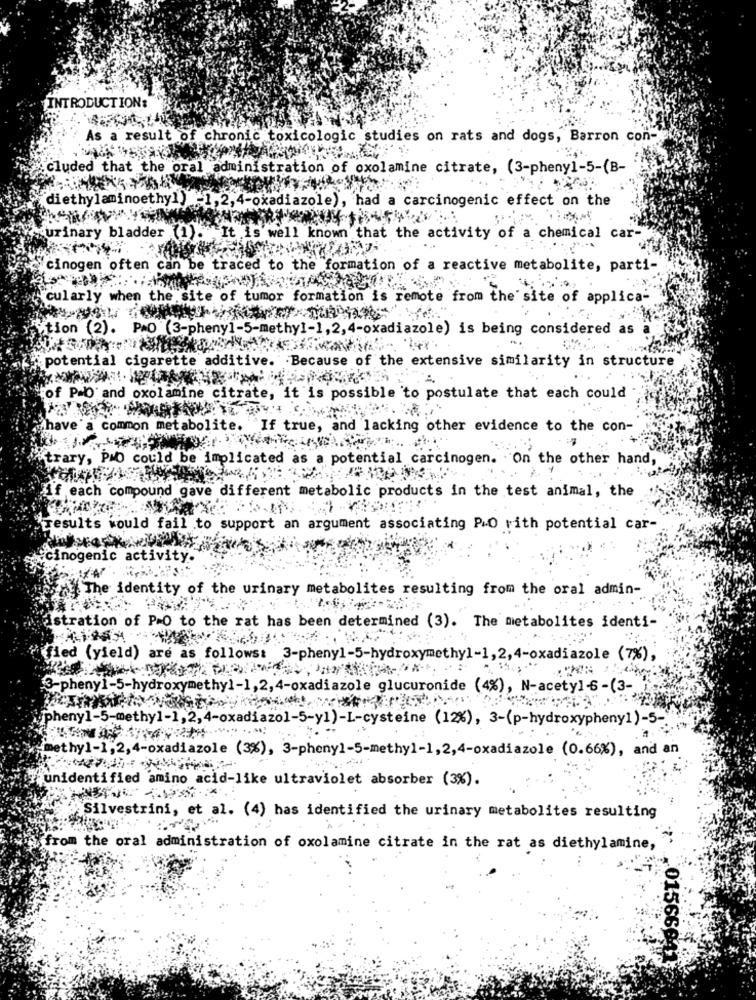
INTRODUCTION:
As a result of chronic toxicologic studies on rats and dogs, Barron con-
cluded that the oral administration of oxolamine citrate, (3-phenyl-5-(B-
diethylaminoethyl) =1,2, 4-okadiazole), had a carcinogenic effect on the
urinary bladder (1). It is well known that the activity of a chemical car-
cinogen often can be traced to the formation of a reactive metabolite, parti-
cularly when the site of tumor formation is remote from the site of applica-
ion (2). P.O (3-phenyl-5-methyl-1, 2,4-oxadiazole) is being considered as
potenti
cigarette additive. Because of the extensive similarity in structure
of P&O and oxolamine citrate, it is possible to postulate that each could
have a common metabolite. "If true, and lacking other evidence to the con-
trary, PMO could be implicated as a potential carcinogen. On the other hand,
if each compound gave different metabolic products in the test animal, the
results would fail to support an argument associating P.O rith potential car-
"cinogen
ic a
The
iden
of the urinary metabolites resulting from the oral admin-
istration of P=O to the rat has been determined (3). The metabolites identi-
fied (yield)
are as follows: 3-phenyl-5-hydroxymethyl-1,2,4-oxadiazole (7%),
3-phenyl-5-hydroxymethyl-1,2, 4-oxadiazole glucuronide (4%), N-acetyl6-(3-
pheny1-5-methyl-1,2, 4-oxadiazo1-5-y1)-L-cysteine (12%), 3-(p-hydroxypheny1)-5 -.
methy1-1,2, 4-oxadiazole (3%), 3-phenyl-5-methyl-1,2,4-oxadiazole (0.66%), and an
"unidentified amino acid-like ultraviolet absorber (3%).
Silvestrini, et al. (4) has identified the urinary metabolites resulting
from the oral administration of oxolamine citrate in the rat as diethylamine,
.01566641